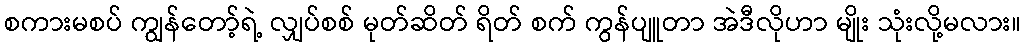
စကားမစပ် ကျွန်တော့်ရဲ့ လျှပ်စစ် မုတ်ဆိတ် ရိတ် စက် ကွန်ပျူတာ အဲဒီလိုဟာ မျိုး သုံးလို့မလား။